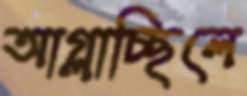
আগ্‌লাচ্ছিলে